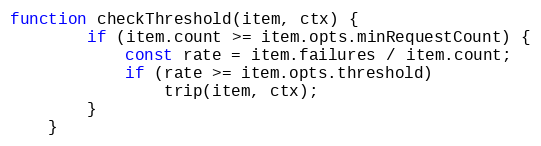
Language: JavaScript
function checkThreshold(item, ctx) {
		if (item.count >= item.opts.minRequestCount) {
			const rate = item.failures / item.count;
			if (rate >= item.opts.threshold)
				trip(item, ctx);
		}
	}